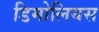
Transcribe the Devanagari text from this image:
डिमोलियस